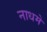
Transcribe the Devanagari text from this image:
नाधमे